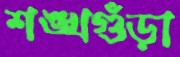
শঙ্খগুঁড়া